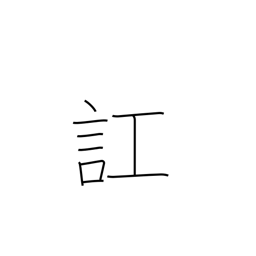
Meaning: get confused